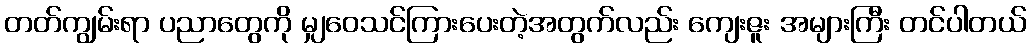
တတ်ကျွမ်းရာ ပညာတွေကို မျှဝေသင်ကြားပေးတဲ့အတွက်လည်း ကျေးဇူး အများကြီး တင်ပါတယ်